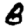
Digit: 8